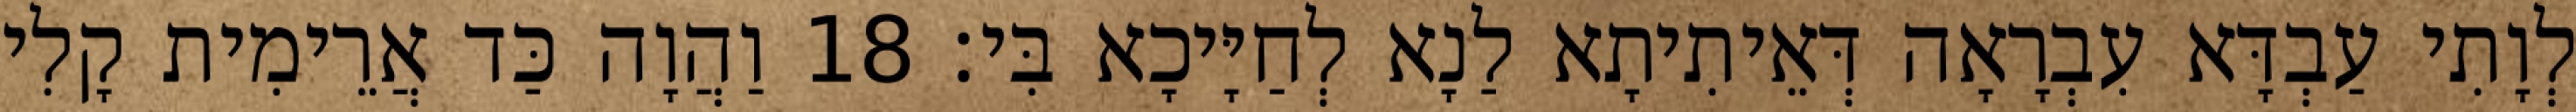
לְוָתִי עַבְדָּא עִבְרָאָה דְּאֵיתִיתָא לַנָא לְחַיָּיכָא בִּי׃ 18 וַהֲוָה כַּד אֲרֵימִית קָלִי